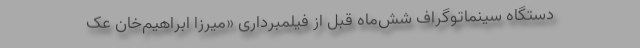
دستگاه سینماتوگراف شش‌ماه قبل از فیلمبرداری «میرزا ابراهیم‌خان عک